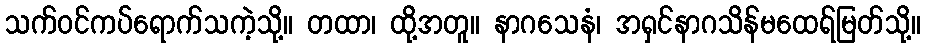
သက်ဝင်ကပ်ရောက်သကဲ့သို့။ တထာ၊ ထို့အတူ။ နာဂသေနံ၊ အရှင်နာဂသိန်မထေရ်မြတ်သို့။